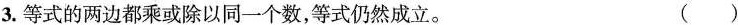
3.等式的两边都乘或除以同一个数，等式仍然成立。 ( )